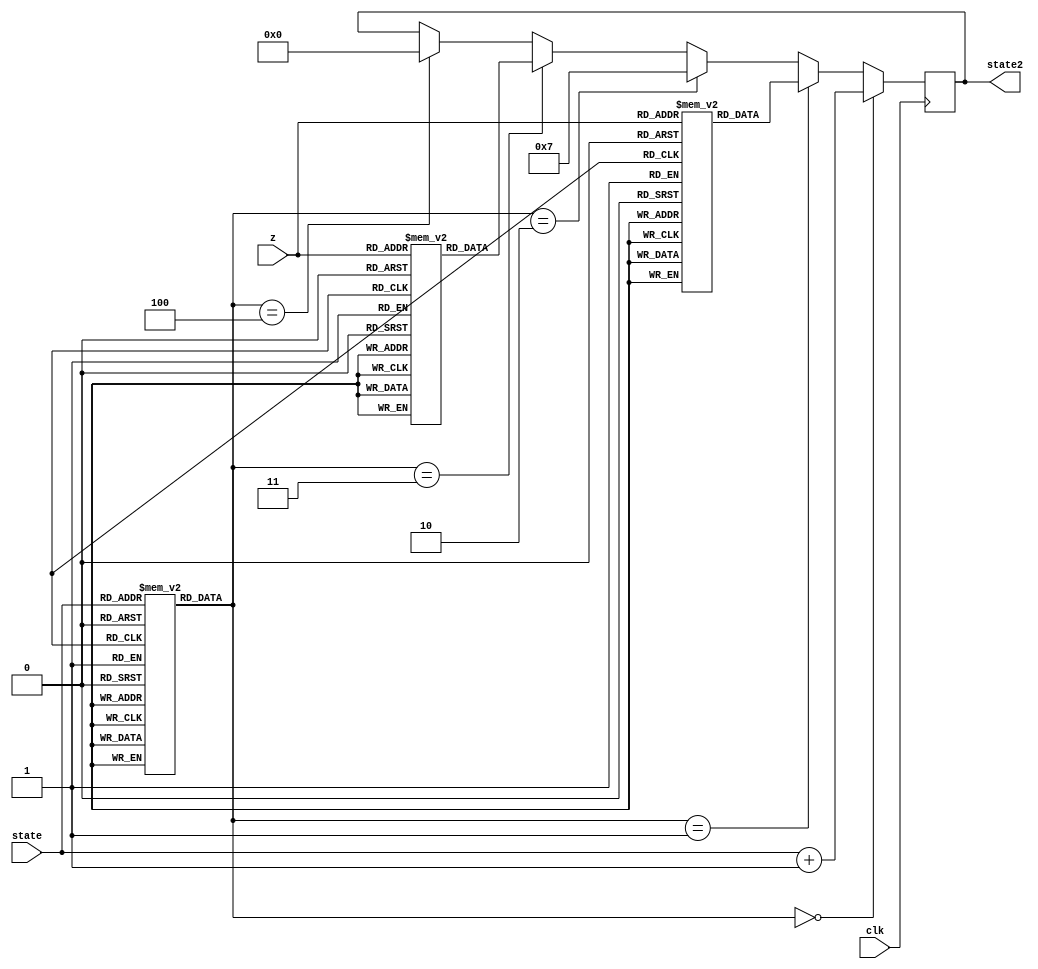
`timescale 1ns / 1ps
//////////////////////////////////////////////////////////////////////////////////
// Company: 
// Engineer: 
// 
// Design Name: 
// Module Name:    fsm_mid 
// Project Name: 
// Target Devices: 
// Tool versions: 
// Description: 
//
// Dependencies: 
//
// Revision: 
// Revision 0.01 - File Created
// Additional Comments: 
//
//////////////////////////////////////////////////////////////////////////////////
module fsm_mid(clk,state,z,state2);

    input clk;
    input [3:0] state;
	input [1:0] z;
    output [3:0] state2;
    reg [3:0] state2;
    reg [3:0] dispatch_rom1[3:0],dispatch_rom2[3:0];
    reg [2:0] microcode_rom[12:0];
    initial begin

        dispatch_rom1[0]<=4'b0100;
        dispatch_rom1[1]<=4'b0101;
        dispatch_rom1[2]<=4'b0110;
        dispatch_rom1[3]<=4'b0110;

        dispatch_rom2[0]<=4'b1011;
        dispatch_rom2[1]<=4'b1100;
        dispatch_rom2[2]<=4'b1100;
        dispatch_rom2[3]<=4'b1100;

        // 0 for increment;
        microcode_rom[0]<=0;
        microcode_rom[1]<=0;
        microcode_rom[2]<=0;
        // 1 for dispatch rom 1;
        microcode_rom[3]<=3'b001;
        // 2 for state 7;
        microcode_rom[4]<=3'b010;
        microcode_rom[5]<=3'b010;
        microcode_rom[6]<=0;
        microcode_rom[7]<=0;
        microcode_rom[8]<=0;
        microcode_rom[9]<=0;
        // 3 for dispatch rom 2;
        microcode_rom[10]<=3'b011;
        // 4 for state 0;
        microcode_rom[11]<=3'b100;
        microcode_rom[12]<=3'b100;

    end
    
	always@(posedge clk)    begin
        if(microcode_rom[state]==0) state2<=state+1;
        else if(microcode_rom[state]==3'b001)   state2<=dispatch_rom1[z];
        else if(microcode_rom[state]==3'b010)   state2<=7;
        else if(microcode_rom[state]==3'b011)   state2<=dispatch_rom2[z];
        else if(microcode_rom[state]==3'b100)   state2<=0;
    end

endmodule